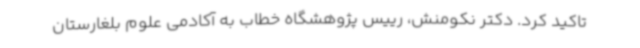
تاکید کرد. دکتر نکومنش، رییس پژوهشگاه خطاب به آکادمی علوم بلغارستان